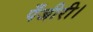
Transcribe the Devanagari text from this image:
पँजीरी।